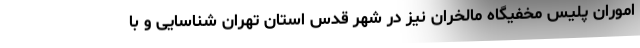
اموران پلیس مخفیگاه مالخران نیز در شهر قدس استان تهران شناسایی و با